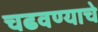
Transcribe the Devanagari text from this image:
चढवण्याचे